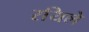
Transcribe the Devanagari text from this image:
रयिले